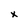
Character: x